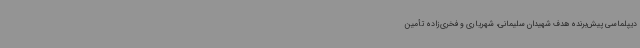
دیپلماسی‌ پیش‌برنده هدف شهیدان سلیمانی، شهریاری و فخری‌زاده تأمین